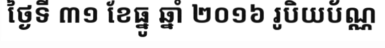
ថ្ងៃទី ៣១ ខែធ្នូ ឆ្នាំ ២០១៦ រូបិយប័ណ្ណ